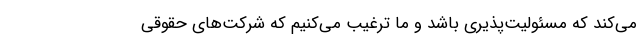
می‌کند که مسئولیت‌پذیری باشد و ما ترغیب می‌کنیم که شرکت‌های حقوقی